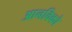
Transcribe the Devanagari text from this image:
आनविको